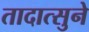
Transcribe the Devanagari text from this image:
तादात्सुने